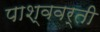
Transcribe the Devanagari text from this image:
पाश्ववर्ती